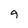
Character: g